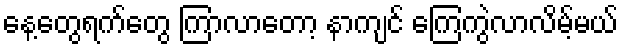
နေ့တွေရက်တွေ ကြာလာတော့ နာကျင် ကြေကွဲလာလိမ့်မယ်